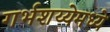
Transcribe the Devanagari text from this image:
गर्भशय्येमध्ये